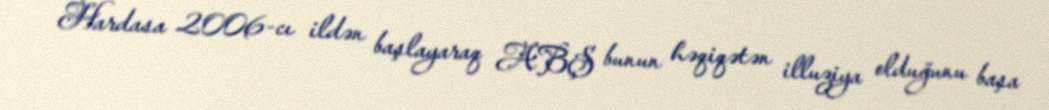
Hardasa 2006-cı ildən başlayaraq ABŞ bunun həqiqətən illuziya olduğunu başa